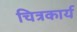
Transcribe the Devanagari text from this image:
चित्रकार्य